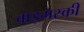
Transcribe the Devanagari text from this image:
वाइगस्की